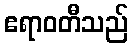
ဧရာဝတီသည်